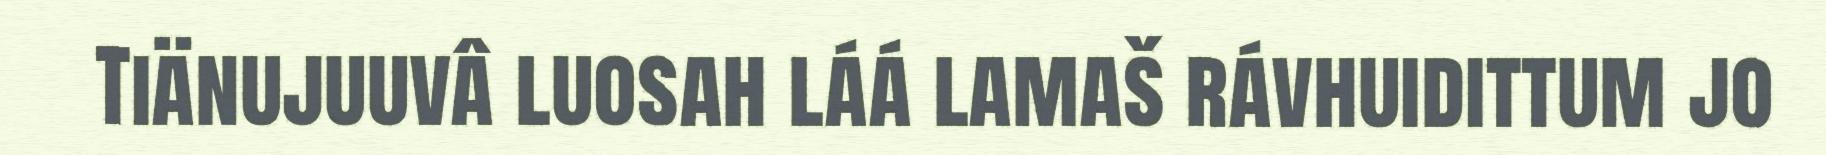
Tiänujuuvâ luosah láá lamaš rávhuidittum jo